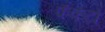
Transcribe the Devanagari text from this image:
फॅकटो